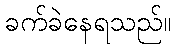
ခက်ခဲနေရသည်။